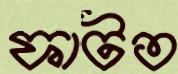
ফাটত